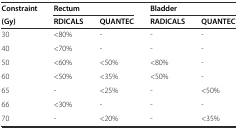
<table><thead><tr><td><b>Constraint</b></td><td colspan="2"><b>Rectum</b></td><td colspan="2"><b>Bladder</b></td></tr><tr><td><b>(Gy)</b></td><td><b>RDICALS</b></td><td><b>QUANTEC</b></td><td><b>RADICALS</b></td><td><b>QUANTEC</b></td></tr></thead><tbody><tr><td>30</td><td>&lt;80%</td><td>-</td><td>-</td><td>-</td></tr><tr><td>40</td><td>&lt;70%</td><td>-</td><td>-</td><td>-</td></tr><tr><td>50</td><td>&lt;60%</td><td>&lt;50%</td><td>&lt;80%</td><td>-</td></tr><tr><td>60</td><td>&lt;50%</td><td>&lt;35%</td><td>&lt;50%</td><td>-</td></tr><tr><td>65</td><td>-</td><td>&lt;25%</td><td>-</td><td>&lt;50%</td></tr><tr><td>66</td><td>&lt;30%</td><td>-</td><td>-</td><td>-</td></tr><tr><td>70</td><td>-</td><td>&lt;20%</td><td>-</td><td>&lt;35%</td></tr></tbody></table>